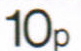
10p